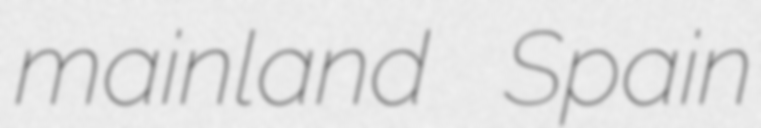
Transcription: mainland Spain